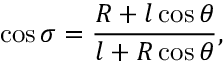
\cos \sigma = \frac { R + l \cos \theta } { l + R \cos \theta } ,